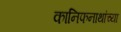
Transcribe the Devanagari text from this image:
कानिफनाथांच्या